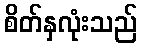
စိတ်နှလုံးသည်